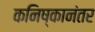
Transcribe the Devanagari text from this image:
कनिष्कानंतर